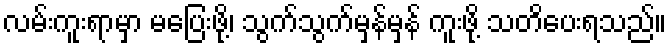
လမ်းကူးရာမှာ မပြေးဖို့၊ သွက်သွက်မှန်မှန် ကူးဖို့ သတိပေးရသည်။